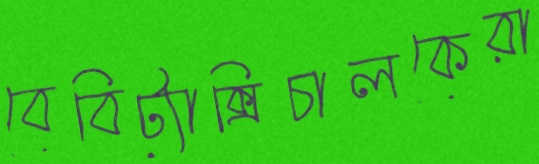
বেবিট্যাক্সিচালকেরা